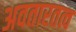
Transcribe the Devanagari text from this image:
अवतारतत्व